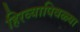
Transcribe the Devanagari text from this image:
हिरव्यापिवळ्या